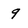
Character: 9